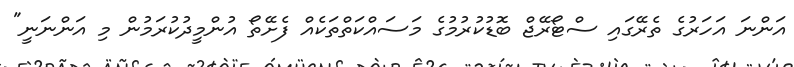
އަންނަ އަހަރުގެ ތެރޭގައި ސްޓޯރޭޖް ބޮޑުކުރުމުގެ މަސައްކަތްތަކެއް ފެށޭތޯ އުންމީދުކުރަމުން މި އަންނަނީ"